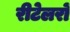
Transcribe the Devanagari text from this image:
रीटेलरों